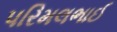
પરિમલભાઈ